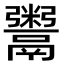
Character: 鬻